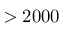
> 2 0 0 0